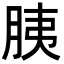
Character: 胰